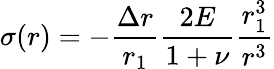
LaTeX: \sigma(r)=-\frac{\Delta r}{r_{1}}\frac{2E}{1+\nu}\frac{r_{1}^{3}}{r^{3}}